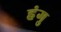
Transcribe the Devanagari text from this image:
हंगु